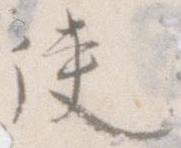
使